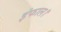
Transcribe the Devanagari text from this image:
इंफाल।